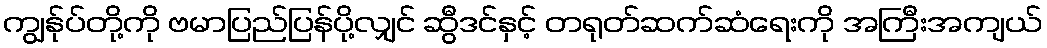
ကျွန်ုပ်တို့ကို ဗမာပြည်ပြန်ပို့လျှင် ဆွီဒင်နှင့် တရုတ်ဆက်ဆံရေးကို အကြီးအကျယ်